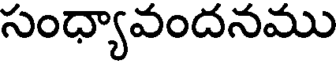
సంధ్యావందనము